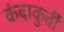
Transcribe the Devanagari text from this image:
कंदाकुर्ती